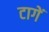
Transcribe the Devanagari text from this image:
टागें